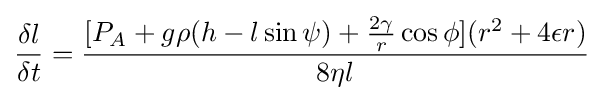
{\frac {\delta l}{\delta t}}={\frac {[P_{A}+g\rho (h-l\sin \psi )+{\frac {2\gamma }{r}}\cos \phi ](r^{2}+4\epsilon r)}{8\eta l}}